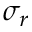
\sigma _ { r }